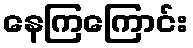
နေကြကြောင်း